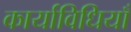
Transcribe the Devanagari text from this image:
कार्याविधियाँ